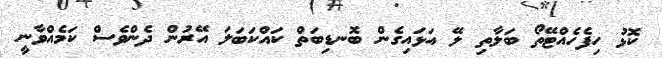
ކޮޅު ހިފެހެއްޓޭތޯ ބަލާތި ލޭ އަޅައިގެން ބޮނޑިބަތް ކައްކަބަލަ އޭރުން ދެންވެސް ކަމެއްވާނީ